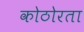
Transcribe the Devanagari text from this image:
कोठोरता